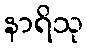
နာရိသု